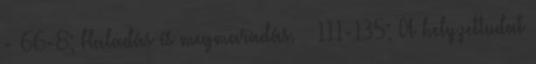
- 66-8; Haladás és megmaradás. – 111-135; A helyzettudat